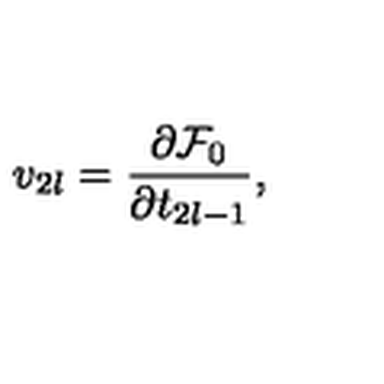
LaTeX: v _ { 2 l } = \frac { \partial \mathrm { \cal F } _ { 0 } } { \partial t _ { 2 l - 1 } } ,